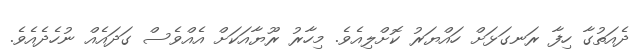
ދެއަތުގާ ހިފާ ރަނގަޅަށް ހައްޔަރު ކޮށްލިއެވެ. މިހާރު ރޫޔާއަކަށް އެއްވެސް ގަދައެއް ނުހެދެއެވެ.